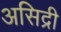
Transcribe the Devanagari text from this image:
असिद्री